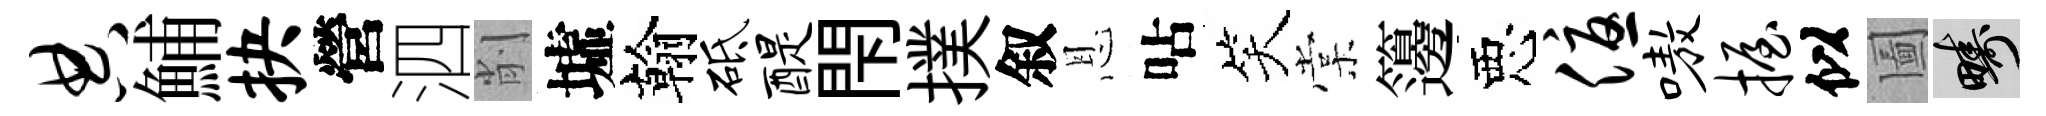
典鯆抉營泗削墟翰砥醍閇撲叙恩呫笑棠籩惡优嗷握似圗疇